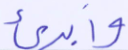
وأبرئ